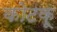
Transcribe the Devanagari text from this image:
कोटकू